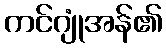
ကင်ဂျုံအန်၏